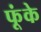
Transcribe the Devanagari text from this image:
फूंके